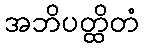
အဘိပတ္ထိတံ